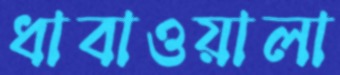
ধাবাওয়ালা